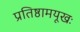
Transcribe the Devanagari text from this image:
प्रतिष्ठामयूखः